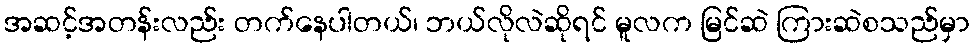
အဆင့်အတန်းလည်း တက်နေပါတယ်၊ ဘယ်လိုလဲဆိုရင် မူလက မြင်ဆဲ ကြားဆဲစသည်မှာ